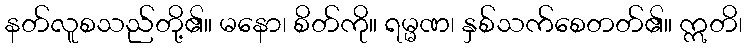
နတ်လူစသည်တို့၏။ မနော၊ စိတ်ကို။ ရမ္မဏ၊ နှစ်သက်စေတတ်၏။ ဣတိ၊